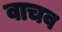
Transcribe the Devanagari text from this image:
वाचव